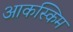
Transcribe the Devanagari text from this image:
आकस्किम